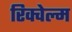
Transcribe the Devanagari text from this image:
रिक्वेल्म